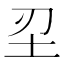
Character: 𡉔